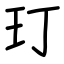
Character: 玎